Annual report on the Civil Veterinary Department, Burma (including the Insein Veterinary School) - 1923-1931
Year: 1923
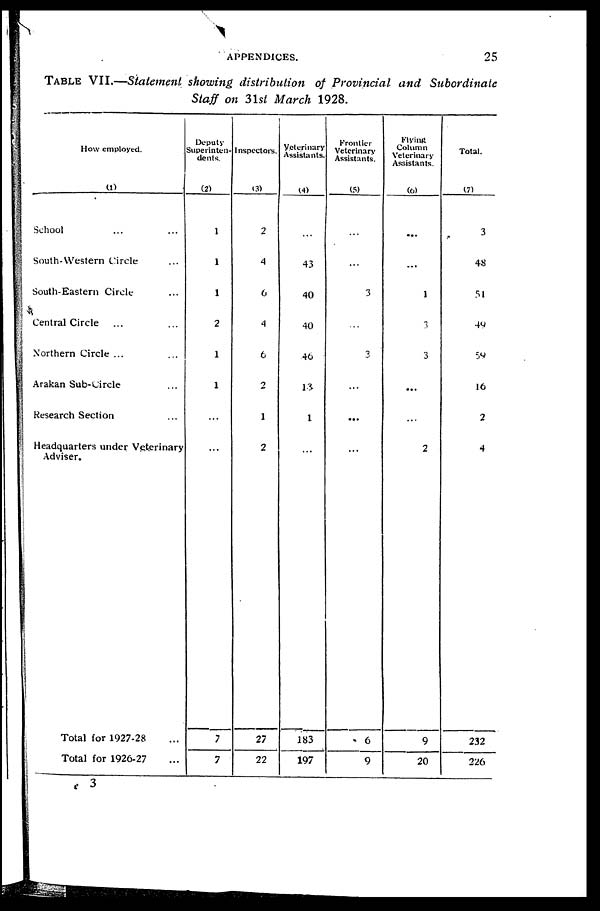
APPENDICES.
25
TABLE VII.—Statement showing distribution of Provincial and Subordinate
Staff on 31st March 1928.
How employed.
(1)
School ... ...
South-Western Circle ...
South-Eastern Circle ...
Central Circle ... ...
Northern Circle ... ...
Arakan Sub-Circle ...
Research Section ...
Headquarters under Veterinary
Adviser.
Total for 1927-28 ...
Total for 1926-27 ...
Deputy
Superinten-
dents.
(2)
1
1
1
2
1
1
...
...
7
7
Inspectors.
(3)
2
4
6
4
6
2
1
2
27
22
Veterinary
Assistants.
(4)
...
43
40
40
46
13
1
183
197
Frontier
Veterinary
Assistants.
(5)
...
...
3
...
3
...
...
...
6
9
Flying
Column
Veterinary
Assistants.
(6)
...
...
1
3
3
...
...
2
9
20
Total.
(7)
3
48
51
49
59
16
2
4
232
226
3